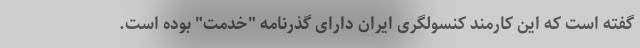
گفته است که این کارمند کنسولگری ایران دارای گذرنامه "خدمت" بوده است.